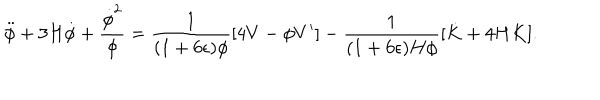
LaTeX: \ddot { \phi } + 3 H \dot { \phi } + { \frac { \dot { \phi } ^ { 2 } } { \phi } } = { \frac { 1 } { ( 1 + 6 \epsilon ) \phi } } [ 4 V - \phi V ^ { \prime } ] - { \frac { 1 } { ( 1 + 6 \epsilon ) H \phi } } [ \dot { K } + 4 H K ] .